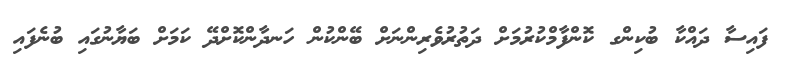
ފައިސާ ދައްކާ ބުކިންގ ކޮންފާމްކުރުމަށް ދަތުރުވެރިންނަށް ބޭންކުން ހަނދާންކޮށްދޭ ކަމަށް ބަޔާނުގައި ބުނެފައި